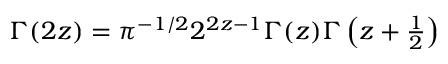
\begin{array} { r } { \Gamma ( 2 z ) = \pi ^ { - 1 / 2 } 2 ^ { 2 z - 1 } \Gamma ( z ) \Gamma \left( z + \frac { 1 } { 2 } \right) } \end{array}